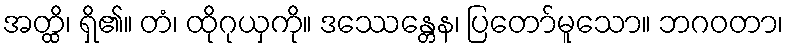
အတ္ထိ၊ ရှိ၏။ တံ၊ ထိုဂုယှကို။ ဒဿေန္တေန၊ ပြတော်မူသော။ ဘဂဝတာ၊